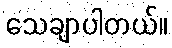
သေချာပါတယ်။